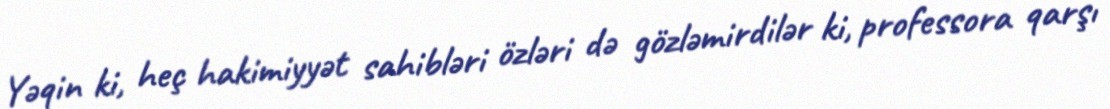
Yəqin ki, heç hakimiyyət sahibləri özləri də gözləmirdilər ki, professora qarşı